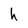
Character: h